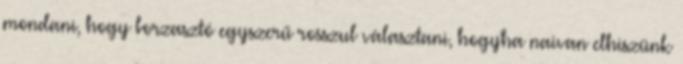
mondani, hogy borzasztó egyszerű rosszul választani, hogyha naivan elhiszünk